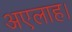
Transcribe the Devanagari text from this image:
अएलाह।